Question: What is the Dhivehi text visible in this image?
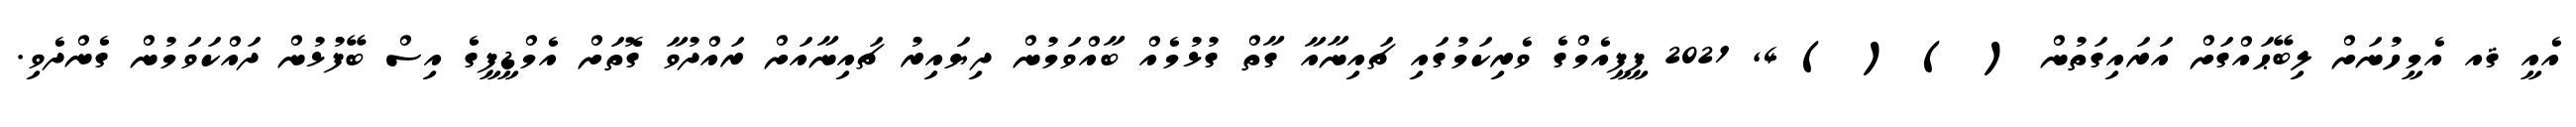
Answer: އެއީ ޤއ އެމީހުނަށް ލިބޭޙައްގަށް އަރައިގަތުން ( ) ( ) 4, 2021 ޕީޕީއެމްގެ ވެރިކަމުގައި ޗައިނާއާ ގާތް ގުޅުމެއް ބާއްވަމުން ދިޔައިރު ޗައިނާއަށް ރައްދުވާ ގޮތަށް އެމްޑީޕީގެ އިސް ބޭފުޅުން ދައްކަވަމުން ގެންދެވި.